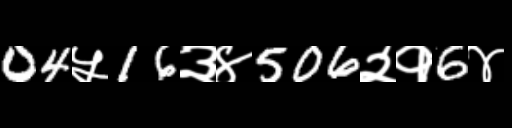
Text: 04५16३४506२१6४